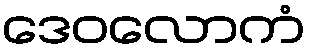
ဒေဝလောကံ